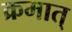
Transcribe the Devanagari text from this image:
क्रमात्